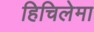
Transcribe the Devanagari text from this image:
हिचिलेमा